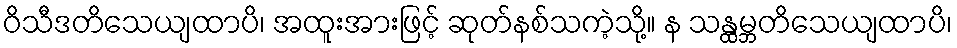
ဝိသီဒတိသေယျထာပိ၊ အထူးအားဖြင့် ဆုတ်နစ်သကဲ့သို့။ န သန္ထမ္ဘတိသေယျထာပိ၊